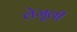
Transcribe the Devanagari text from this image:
लेजुली